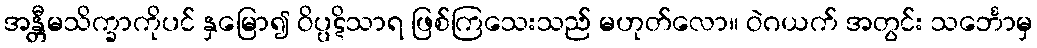
အန္တီမသိက္ခာကိုပင် နှမြော၍ ဝိပ္ပဋိသာရ ဖြစ်ကြသေးသည် မဟုတ်လော။ ဝဲဂယက် အတွင်း သင်္ဘောမှ